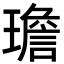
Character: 𪼤